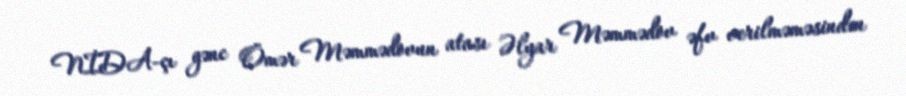
NİDA-çı gənc Ömər Məmmədovun atası Əlyar Məmmədov əfv verilməməsindən